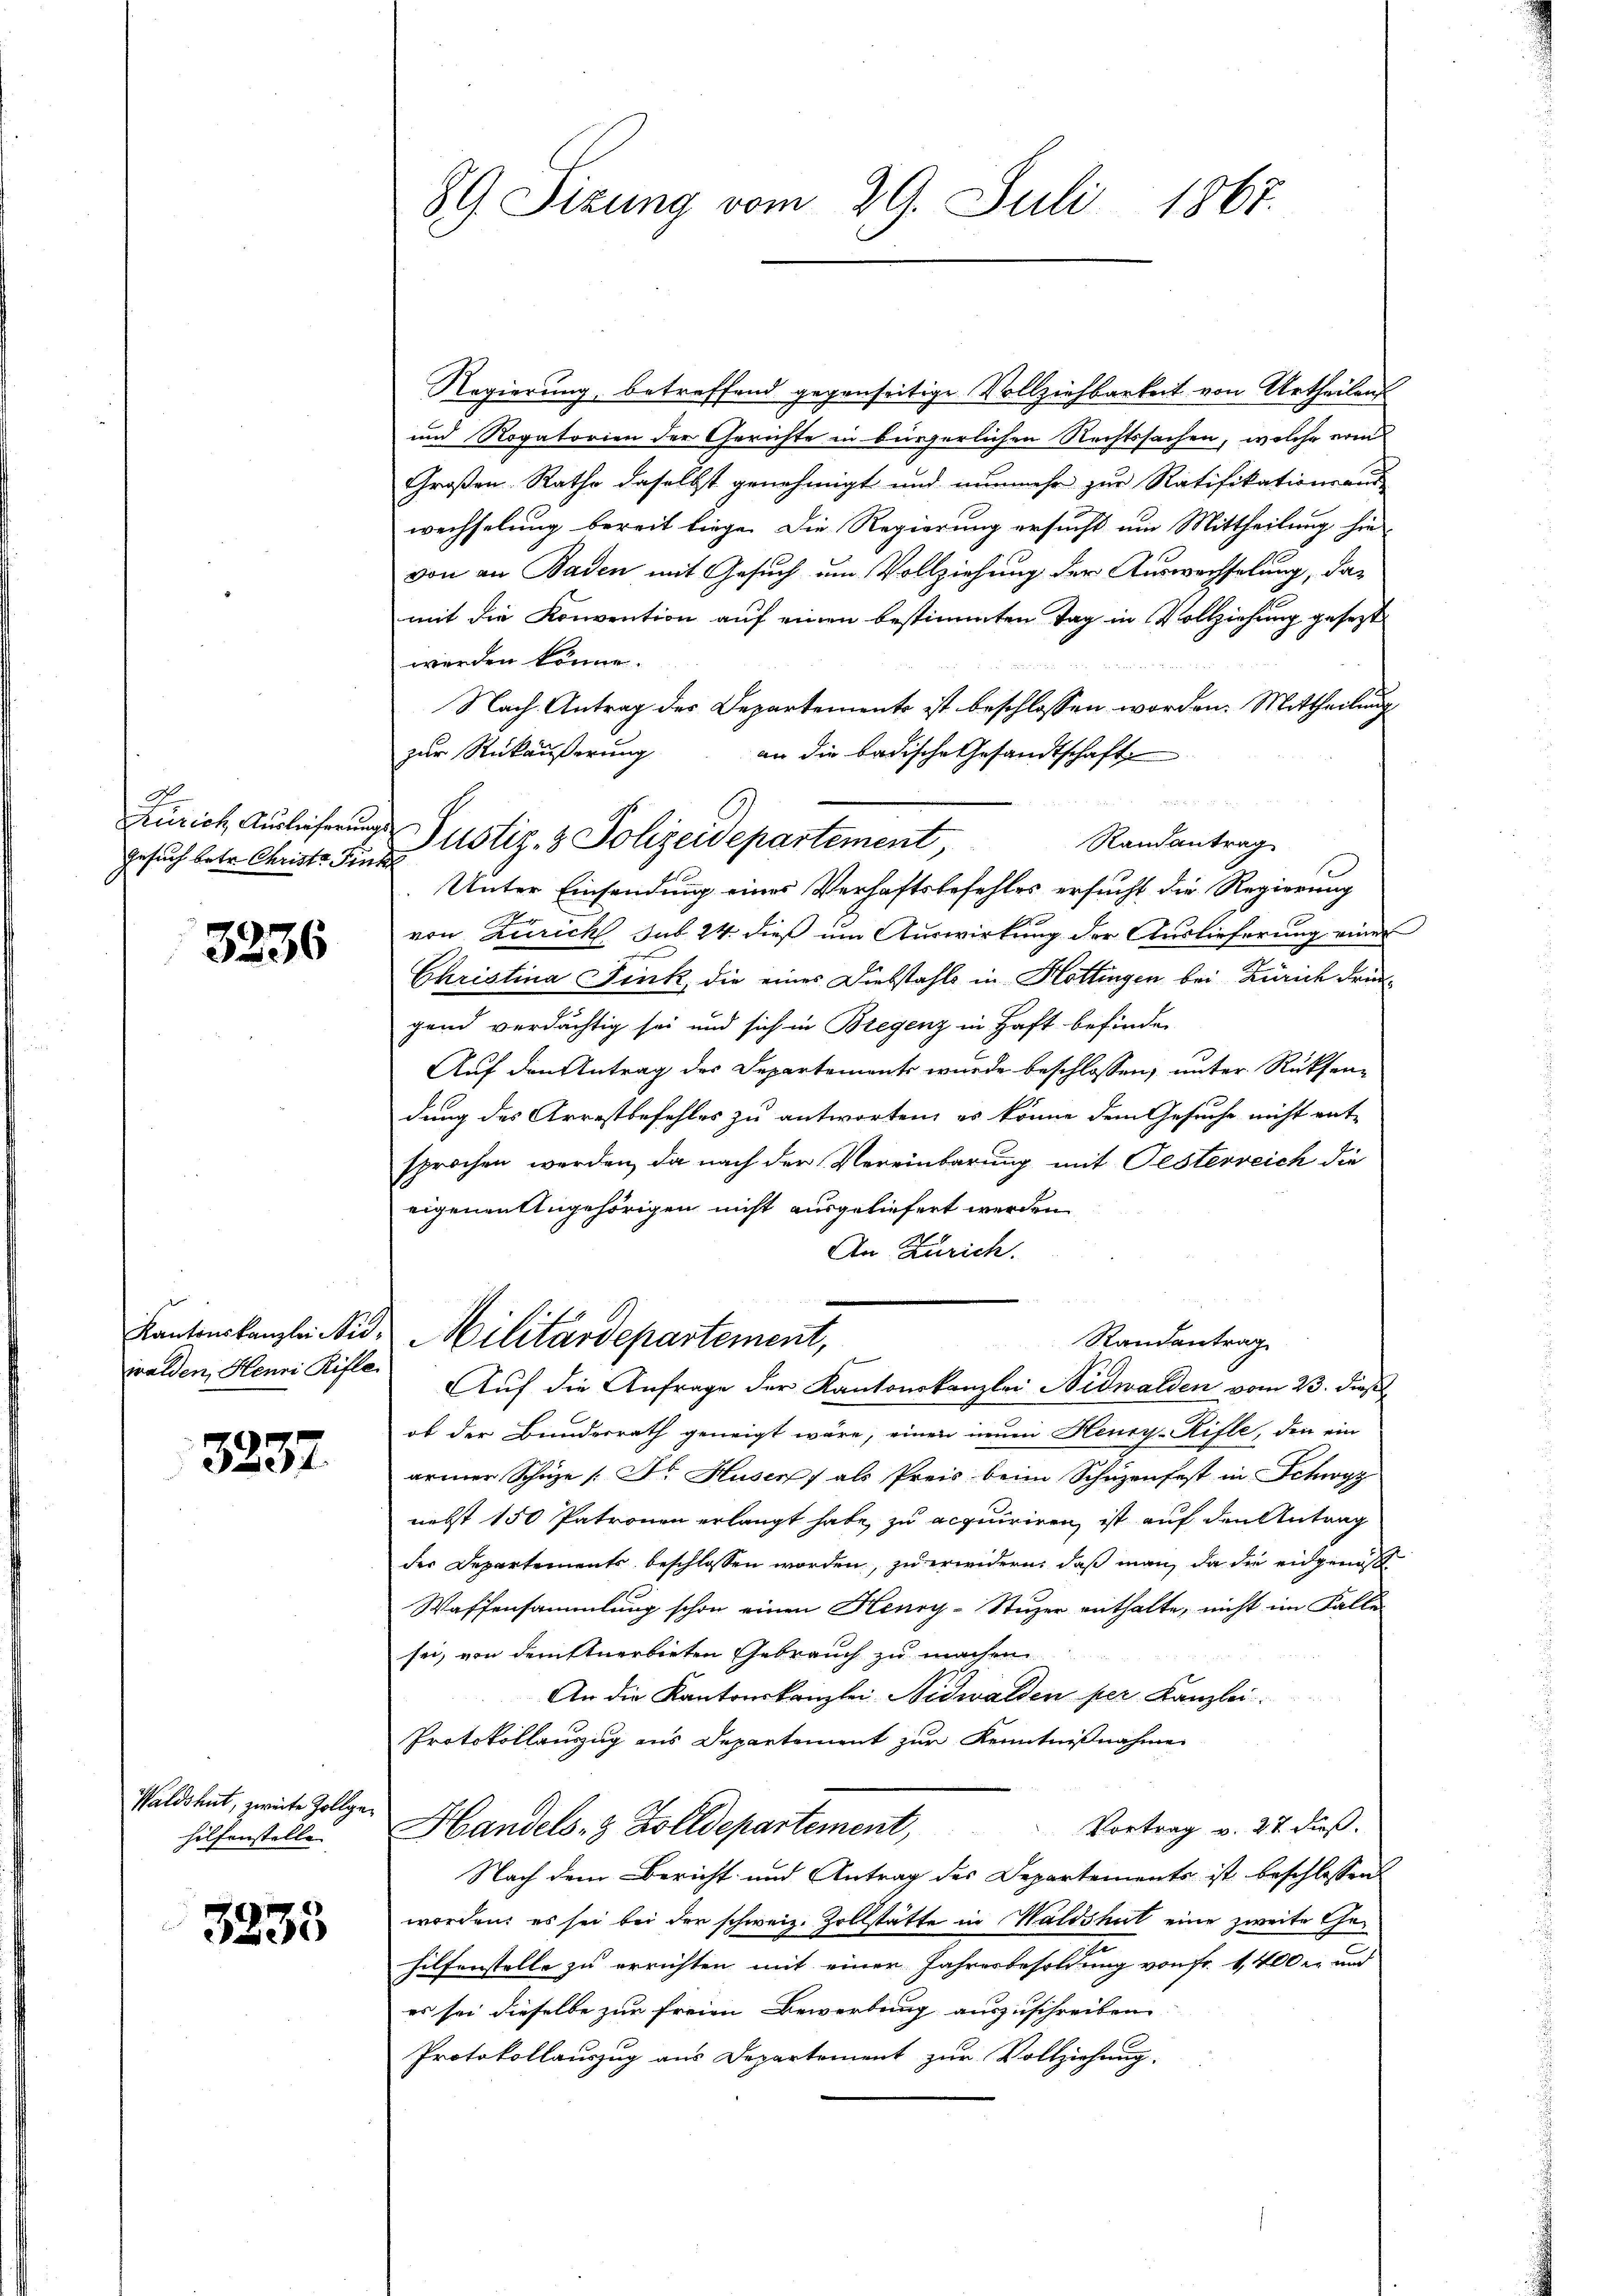
A.
Gesuch betr. Christe Fink

3236

walden, Henri Rifle

3237.

Waldshut, zweite Zollge
hilfenstelle

3235

89 Sizung vom 29. Juli 1867.

Regierung, betreffend gegenseitige Vollziehbarkeit von Urtheilen
und Rogatorien der Gerichte in bürgerlichen Rechtssachen, welche erin
Großen Rathe daselbst genehmigt und nunmehr zur Ratifikationsaus
wechselung bereit liege. Die Regierung ersucht am Mittheilung hie
von an Baden mit Gesuch um Vollziehung der Auswechselung, das
mit die Konvention auf einen bestimmten Tag in Vollziehung gesezt
werden könne.
 1
Nach Antrag des Departements ist beschlossen worden. Mittheilung
zur Rückäußerung
an die badische Gesandtschaft

Randantrag
Unter Einsendung eines Verhaftsbefehles ersucht die Regierung
von Zürich sub 24 dieß um Auswirkung der Auslieferung einer
Christina Fink, die eines Diebstahls in Hottingen bei Zürich dringend verdächtig sei und sich in Bregenz in Haft befinden
Auf den Antrag des Departements wurde beschlossen, unter Rücksendung des Arrestbefehles zu antworten, es könne dem Gesuche nicht ent-
sprochen werden, da nach der Vereinbarung mit Pesterreich die
eigenen Angehörigen nicht ausgeliefert werden.
An Zürich.
|
Kantonskanzlei Nid. Militärdepartement,
Randantrag
Auf die Anfrage der Kantonskanzlei Nidwalden vom 23. dieß
ob der Bundesrath geneigt wäre, einen neuen Henry-Rifle, den ein
armer Schüze /: Dr. Huser als Preis beim Schŭtzenfest in Schwyz
nebst 150 Patronen erlangt habe, zu acquiriren, ist auf den Antrag
der Departements beschlossen worden, zu wirdern, daß man, da die engenoß
Waffensammlung schon einen Henry-Stuzer enthalte, nicht im Falle
sei, von demftnerbieten Gebrauch zu machen
An die Kantonskanzlei Nidwalden per Kanzlei
Protokollanzug aus Departement zur Kenntnißnahme
Vortrag v. 27 Fuß.
Handels- & Zolldepartement,
Nach dem Bericht und Antrag des Departements ist beschlossen
worden; es sei bei der schweiz. Zollstätte in Waldshut eine zweite Gehilfenstelle zu errichten mit einer Jahresbesoldung von Fr. 1,400 er und
es sei dieselbe zur freien Bewerbung auszuschreiben
Protokollauszug aus Departement zur Vollziehung.

Zürich Auslieferung Justiz- & Polizeidepartement